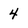
Character: 4